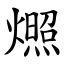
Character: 燳